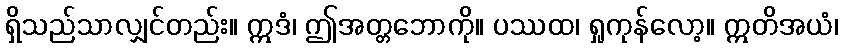
ရှိသည်သာလျှင်တည်း။ ဣဒံ၊ ဤအတ္တဘောကို။ ပဿထ၊ ရှုကုန်လော့။ ဣတိအယံ၊